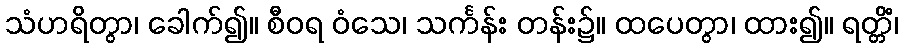
သံဟရိတွာ၊ ခေါက်၍။ စီဝရ ဝံသေ၊ သင်္ကန်း တန်း၌။ ထပေတွာ၊ ထား၍။ ရတ္တိံ၊